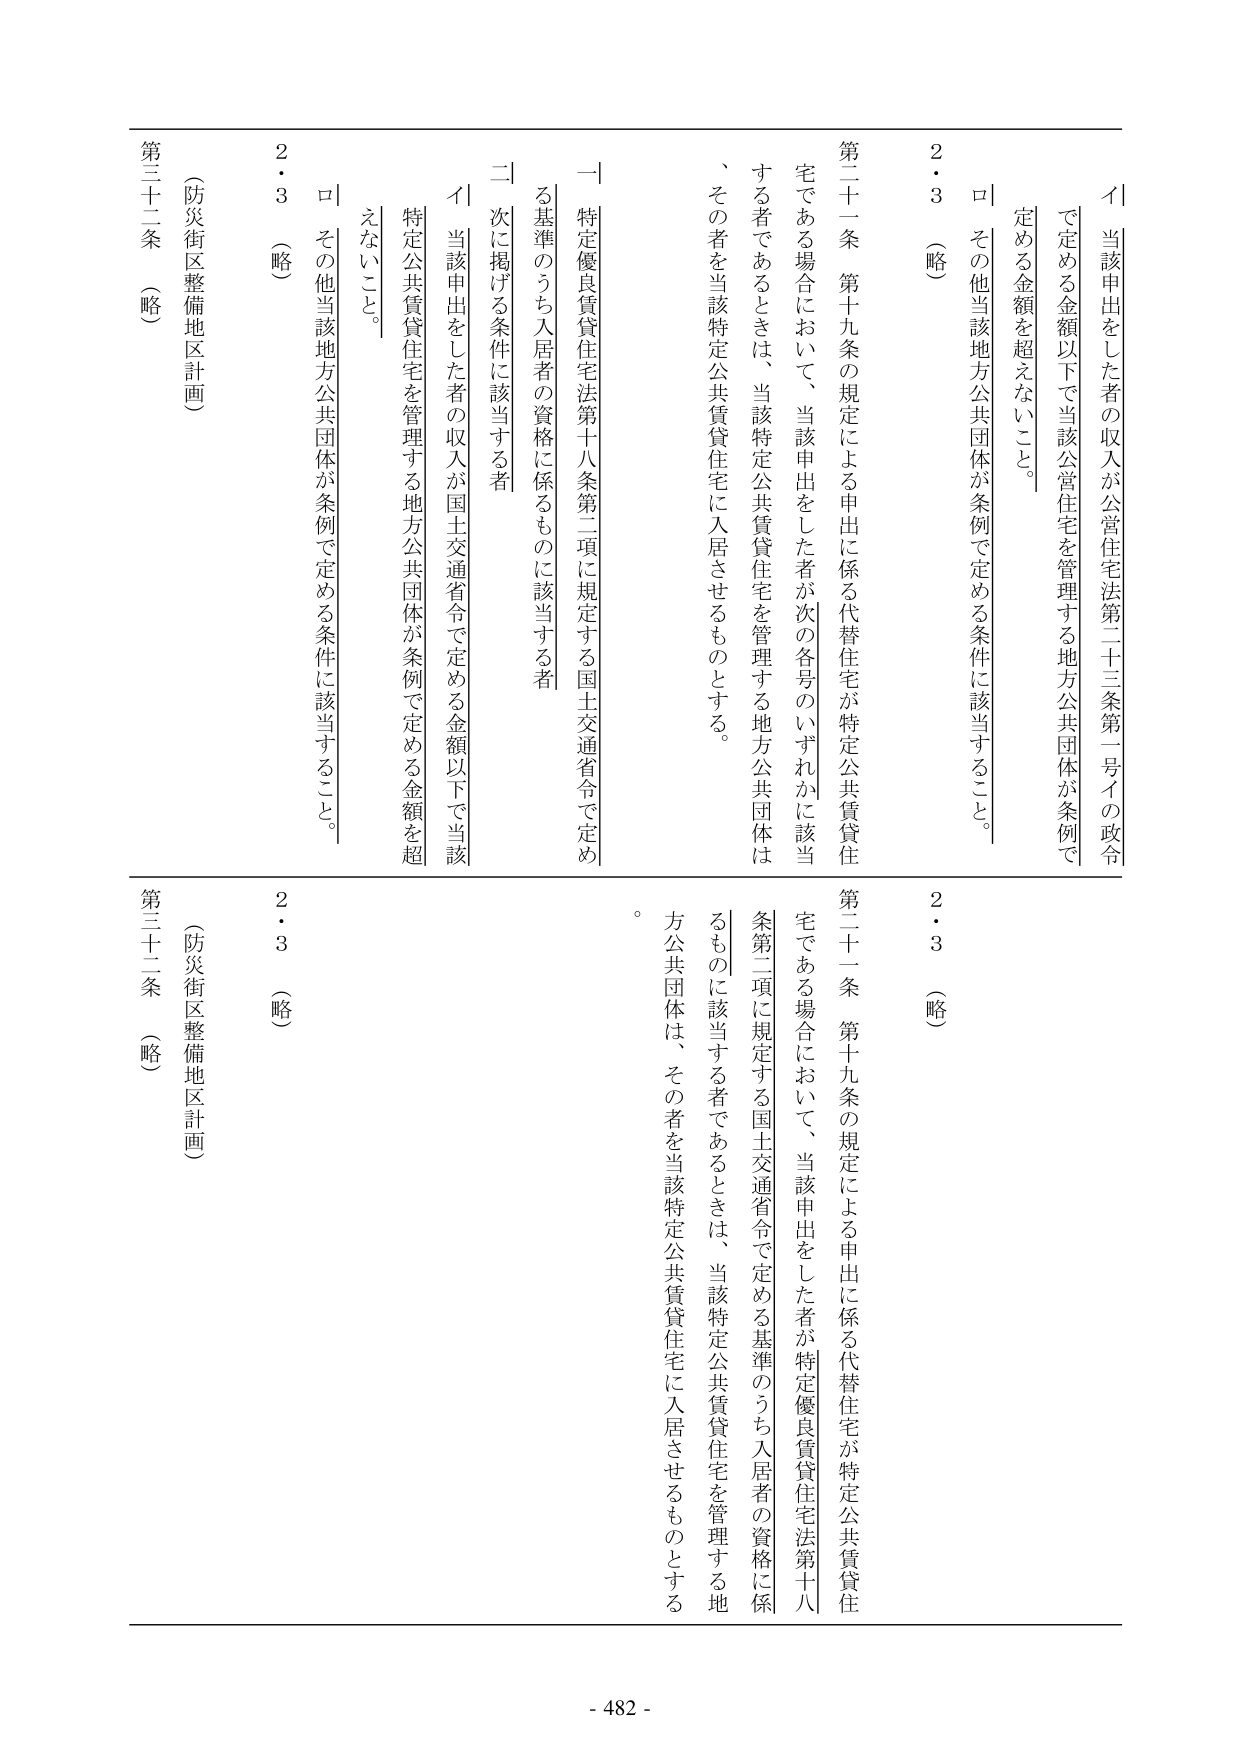
イ 当該申出をした者の収入が公営住宅法第二十三条第一号イの政令で定める金額以下で当該公営住宅を管理する地方公共団体が条例で定める金額を超えないこと。

ロ その他当該地方公共団体が条例で定める条件に該当すること。

2・3 （略）

第二十一条 第十九条の規定による申出に係る代替住宅が特定公共賃貸住宅である場合において、当該申出をした者が次の各号のいずれかに該当する者であるときは、当該特定公共賃貸住宅を管理する地方公共団体は、その者を当該特定公共賃貸住宅に入居させるものとする。

一 特定優良賃貸住宅法第十八条第二項に規定する国土交通省令で定める基準のうち入居者の資格に係るものに該当する者

二 次に掲げる条件に該当する者

イ 当該申出をした者の収入が国土交通省令で定める金額以下で当該特定公共賃貸住宅を管理する地方公共団体が条例で定める金額を超えないこと。

ロ その他当該地方公共団体が条例で定める条件に該当すること。

2・3 （略）

（防災街区整備地区計画）

第三十二条 （略）

2・3 （略）

（防災街区整備地区計画）

第三十二条 （略）

第二十一条 第十九条の規定による申出に係る代替住宅が特定公共賃貸住宅である場合において、当該申出をした者が特定優良賃貸住宅法第十八条第二項に規定する国土交通省令で定める基準のうち入居者の資格に係るものに該当する者であるときは、当該特定公共賃貸住宅を管理する地方公共団体は、その者を当該特定公共賃貸住宅に入居させるものとする。

- 482 -